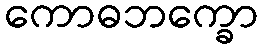
ကောဓဘက္ခော